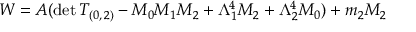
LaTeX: W = A ( \mathrm { d e t } \, T _ { ( 0 , \, 2 ) } - M _ { 0 } M _ { 1 } M _ { 2 } + \Lambda _ { 1 } ^ { 4 } M _ { 2 } + \Lambda _ { 2 } ^ { 4 } M _ { 0 } ) + m _ { 2 } M _ { 2 }